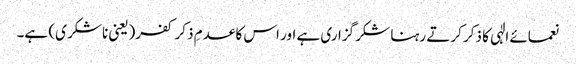
نعمائے الٰہی کا ذکر کرتے رہنا شکر گزاری ہے اور اس کا عدمِ ذکر کفر(یعنی ناشکر ی) ہے۔